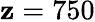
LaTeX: \mathbf{z}=750